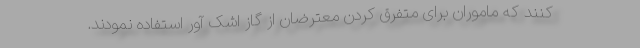
کنند که ماموران برای متفرق کردن معترضان از گاز اشک آور استفاده نمودند.